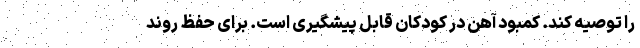
را توصیه کند. کمبود آهن در کودکان قابل پیشگیری است. برای حفظ روند